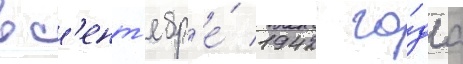
в с'ент'ябр'е́ 1942 го́да